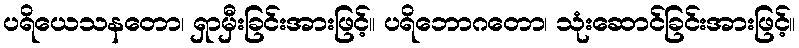
ပရိယေသနတော၊ ရှာမှီးခြင်းအားဖြင့်။ ပရိဘောဂတော၊ သုံးဆောင်ခြင်းအားဖြင့်။